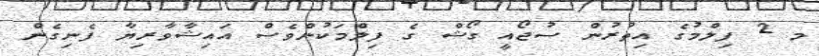
މ 2 ފިލްމުގެ އިތުރުން ސުޖޯއީ ގޯޝް ގެ ފިލްމަކުންވެސް އައިޝާވާރިޔާ ފެނިގެން